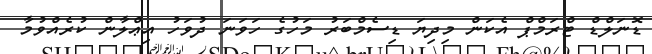
ޑޮނަލްޑް ޓްރަމްޕް އެކަން މިދިޔަ ޑިސެމްބަރު މަހުގެ ހަވަނަ ދުވަހު އިޢްލާން ކުރެއްވުމާ